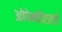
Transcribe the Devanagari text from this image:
ओपेनबीएसडी